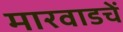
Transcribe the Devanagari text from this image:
मारवाडचें